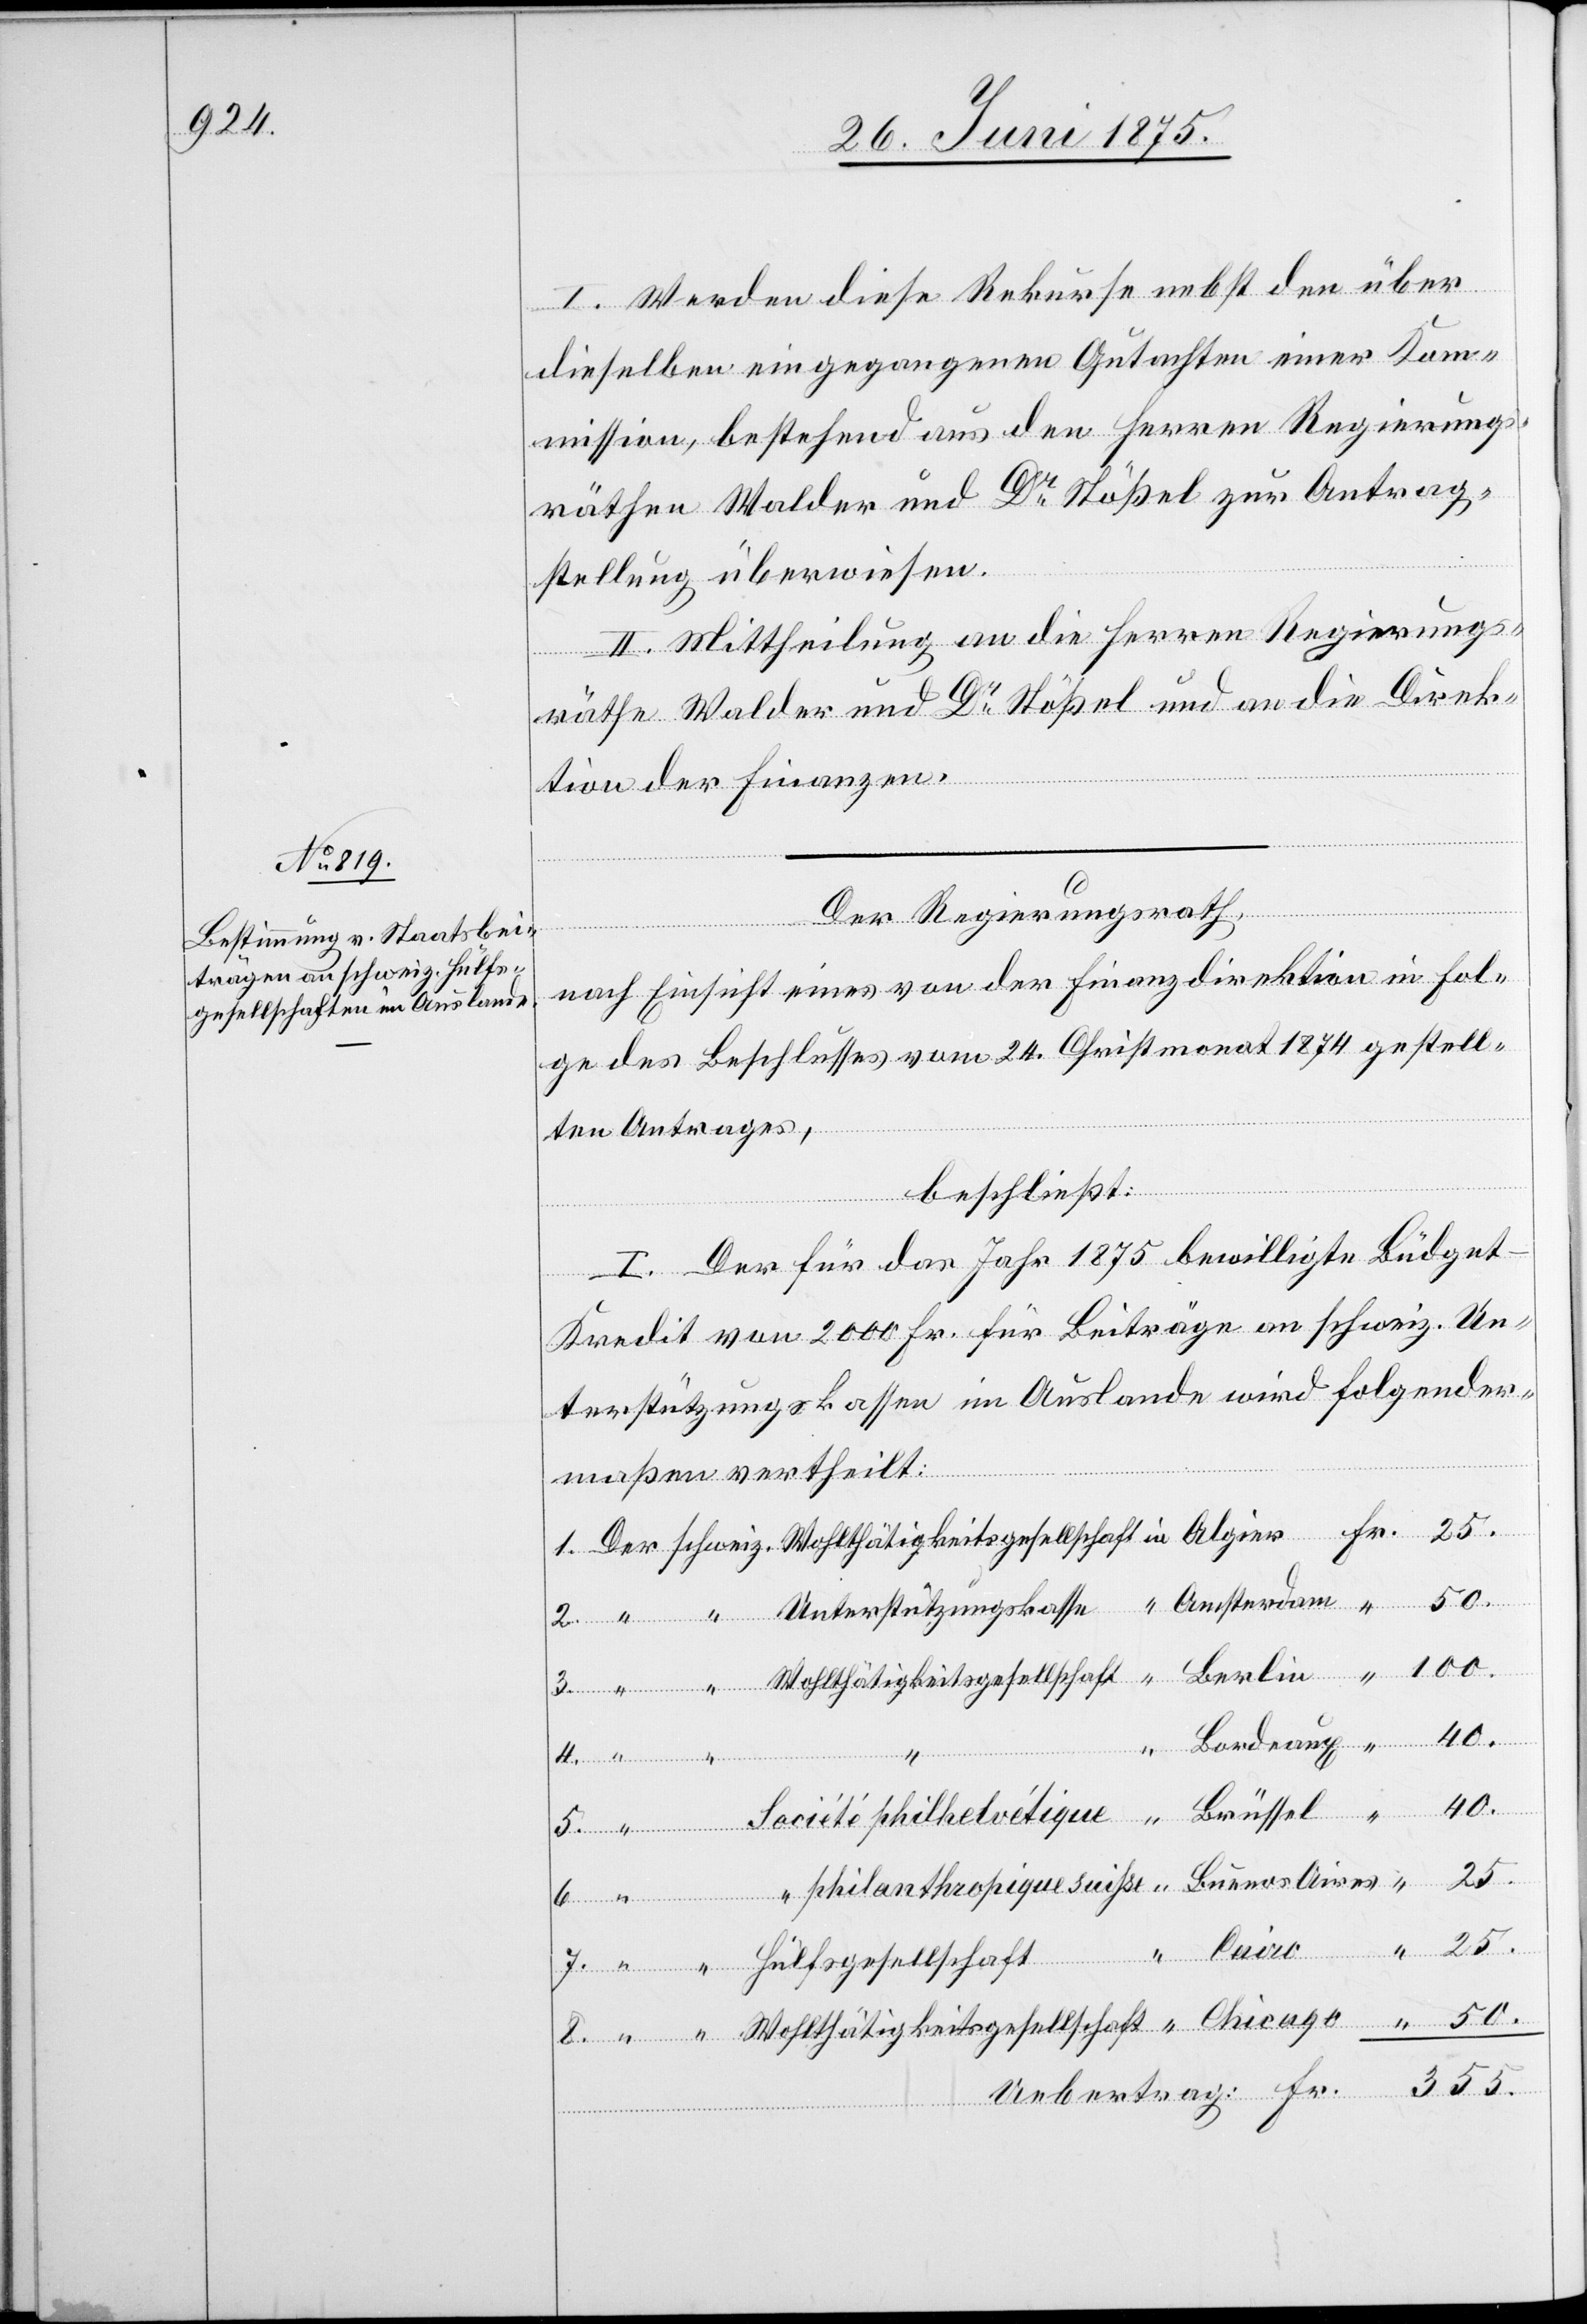
I. Werden diese Rekurse nebst den über
dieselben eingegangenen Gutachten einer Kom¬
mission, bestehend aus den Herren Regierungs¬
räthen Walder und Dr Stößel zur Antrag¬
stellung überweisen.
II. Mittheilung an die Herren Regierungs¬
räthe Walder und Dr Stößel und an die Direk¬
tion der Finanzen.
Der Regierungsrath,
Fr.
nach Einsicht eines von der Finanzdirektion in Fol¬
ge des Beschlusses vom 24. Christmonat 1874 gestell¬
ten Antrages,
beschließt:
I. Der für das Jahr 1875 bewilligte Büdge¬
t-Kredit von 2000 Fr. für Beiträge an schweiz. Un¬
terstützungskassen im Auslande wird folgender¬
maßen vertheilt:
Ueb¬
ertrag:
Amsterdam
355.

in